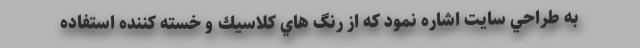
به طراحي سايت اشاره نمود كه از رنگ هاي كلاسيك و خسته كننده استفاده